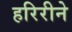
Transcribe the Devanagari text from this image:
हरिरीने